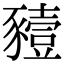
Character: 豷